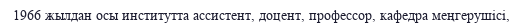
1966 жылдан осы институтта ассистент, доцент, профессор, кафедра меңгерушісі,